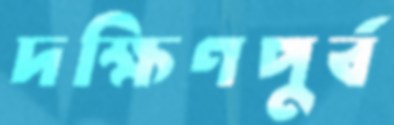
দক্ষিণপুর্ব